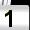
Digit: 1